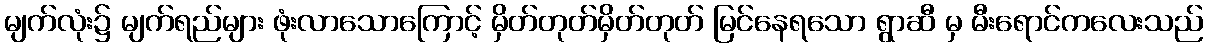
မျက်လုံး၌ မျက်ရည်များ ဖုံးလာသောကြောင့် မှိတ်တုတ်မှိတ်တုတ် မြင်နေရသော ရွာဆီ မှ မီးရောင်ကလေးသည်